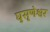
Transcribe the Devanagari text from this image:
घुसृणेश्वर